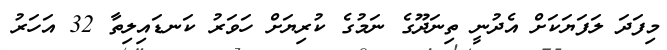
މިފަދަ ލަފަޔަކަށް އެދުނީ ތިނަދޫގެ ނަމުގެ ކުރިޔަށް ހަވަރު ކަނޑައިލިތާ 32 އަހަރު